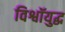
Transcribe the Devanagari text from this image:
विश्वॉयुद्ध